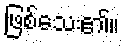
ဖြစ်သေး၏။